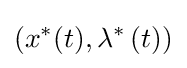
\left(x^{\ast }(t),\lambda ^{\ast }\left(t\right)\right)